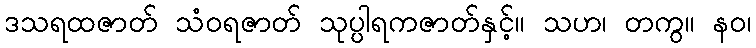
ဒသရထဇာတ် သံဝရဇာတ် သုပ္ပါရကဇာတ်နှင့်။ သဟ၊ တကွ။ နဝ၊